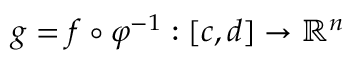
g = f \circ \varphi ^ { - 1 } : [ c , d ] \to \mathbb { R } ^ { n }